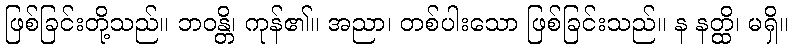
ဖြစ်ခြင်းတို့သည်။ ဘဝန္တိ၊ ကုန်၏။ အညာ၊ တစ်ပါးသော ဖြစ်ခြင်းသည်။ န နတ္ထိ၊ မရှိ။